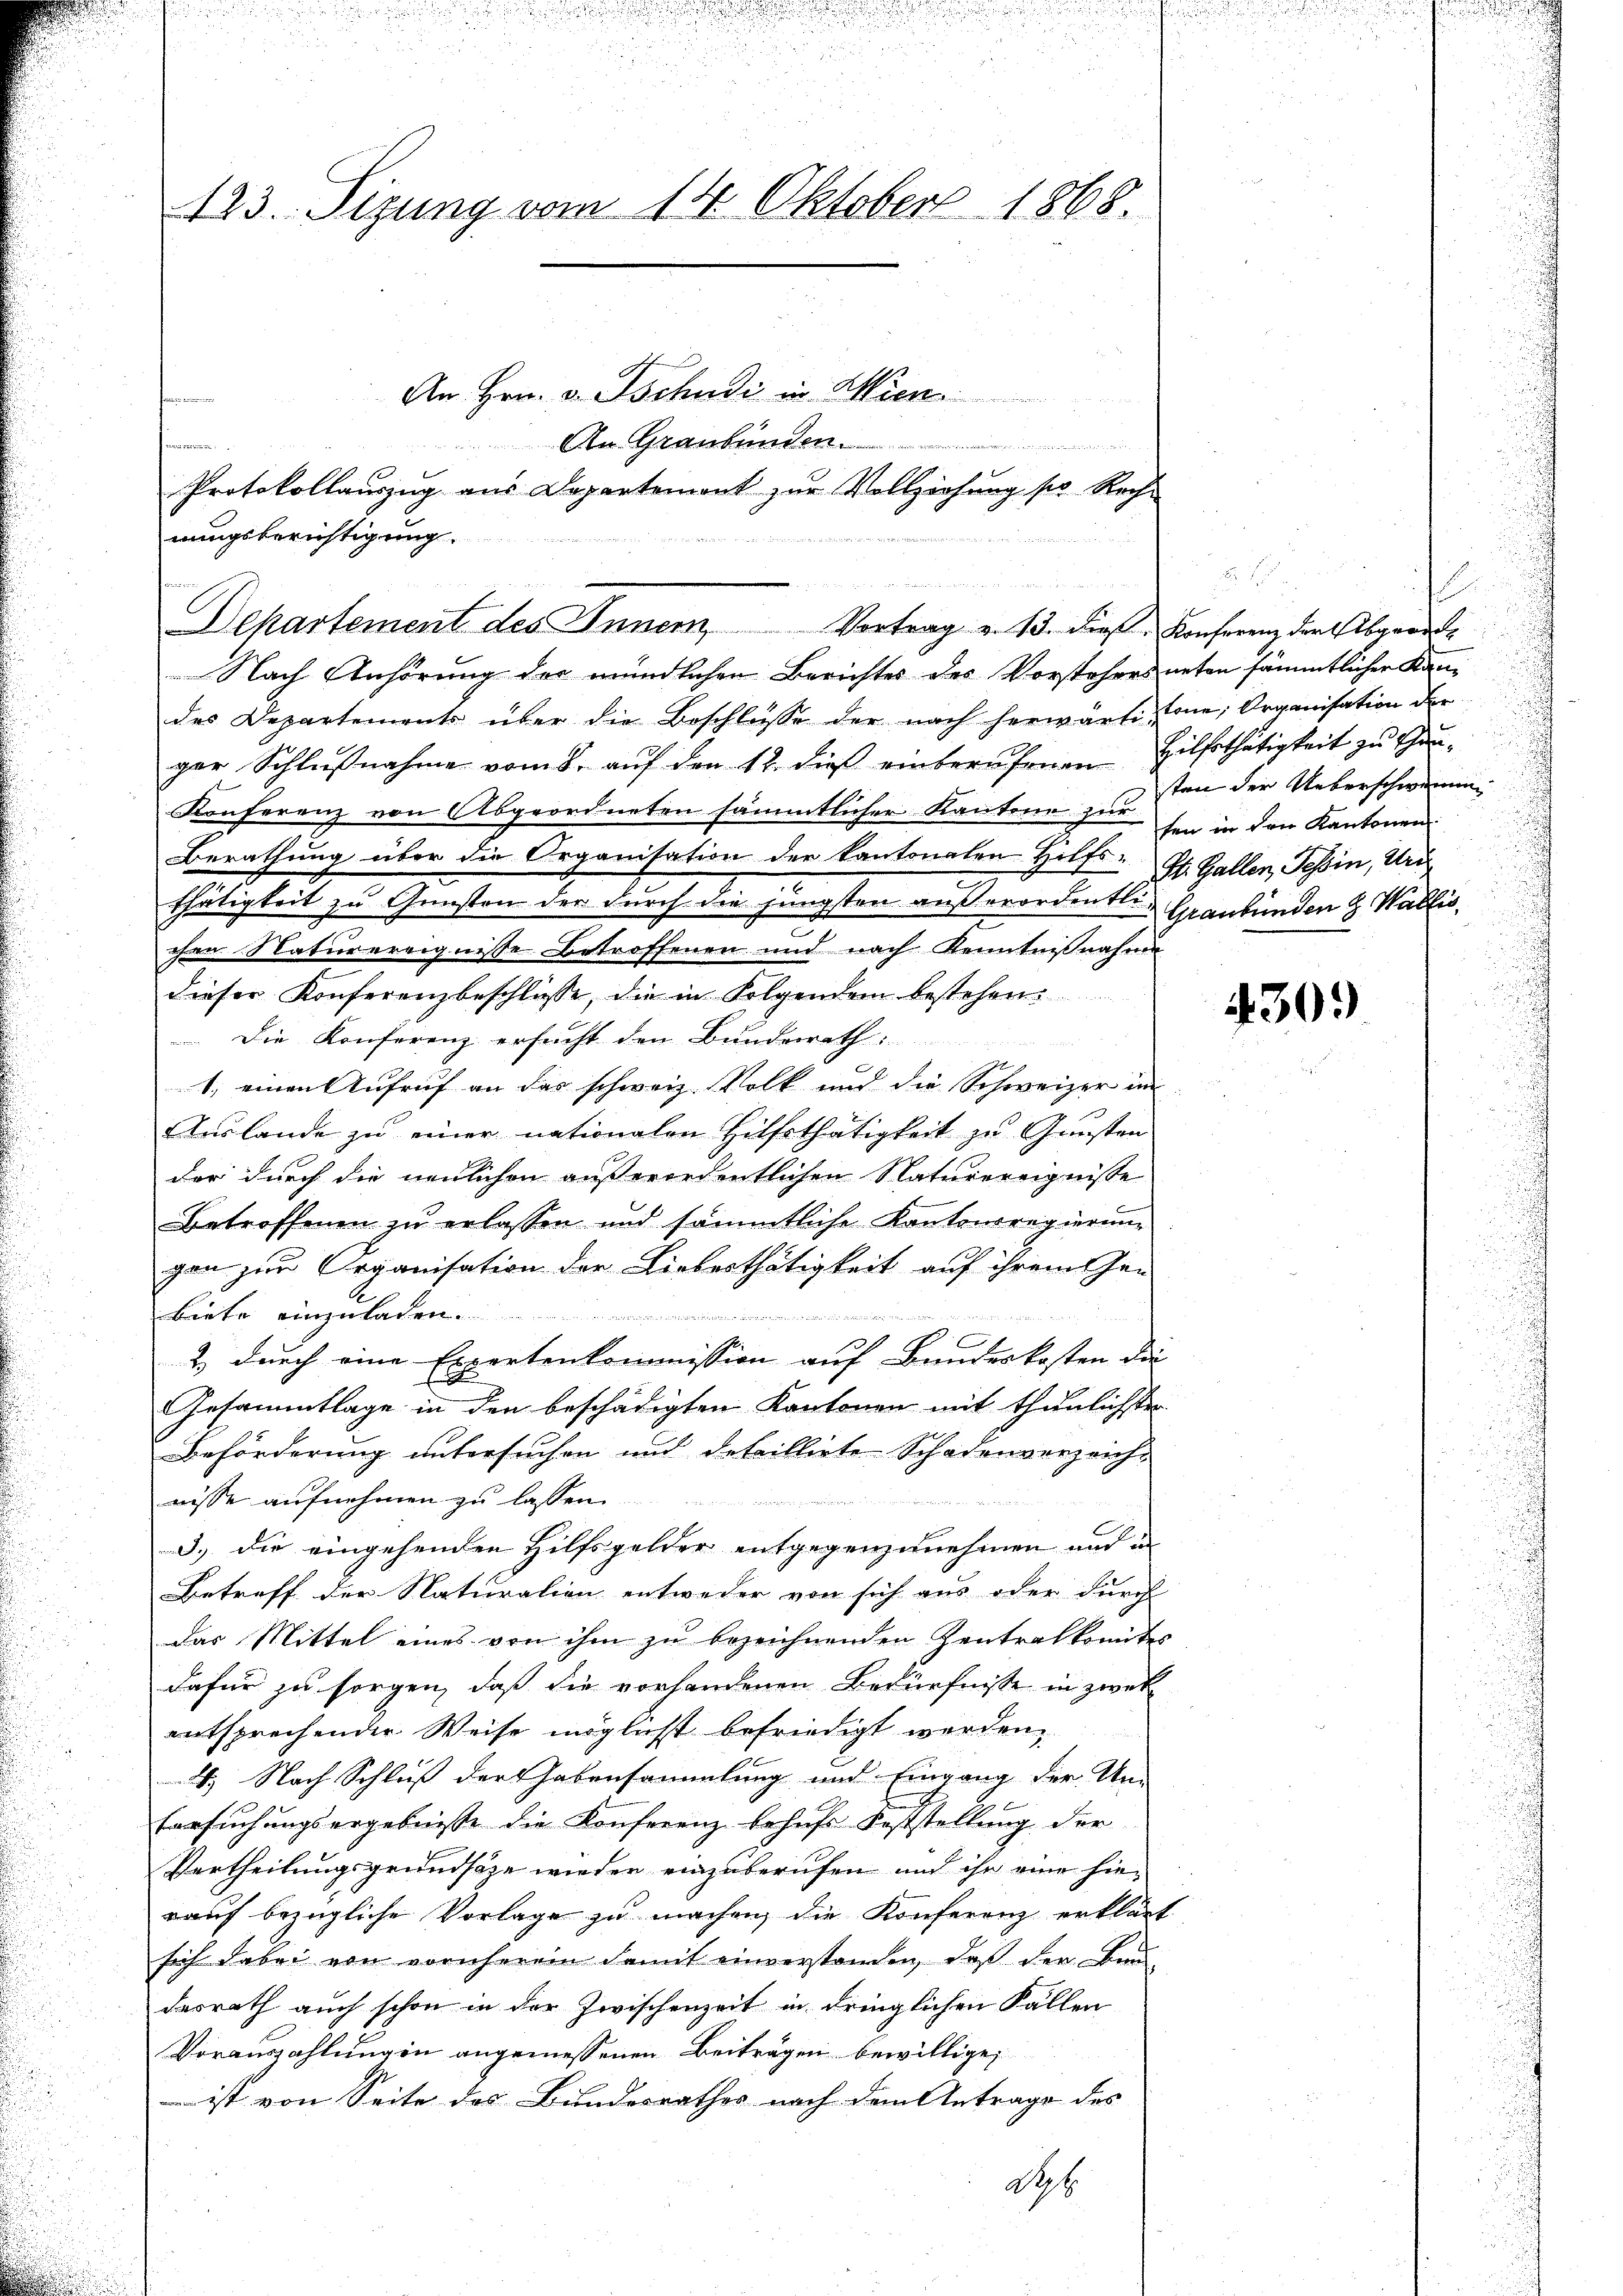
123. Sizung vom 14. Oktober 1868.

An Hrn. v. Tschudi in Wien
An Graubünden.
m
Protokollauszug aus Departement zur Vollziehung so Rech
nungsberichtigung.
Departement des Inner,
Nach Anhörung der mündlichen Berichtes des Vorstehers neten sämmtlicher Kan-
des Departements über die Beschlüsse der nach herwärte, one; Organisation der
gar Schlŭβnahme vom 8. aŭf den 12. dieβ einberŭfenen Hilfethätigkeit zŭ han-
Konferenz von Abgeordneten sämmtlicher Kantone zur sei in den Kantonen
Berathung über die Organisation der kantonalen Hilfs- St. Gallen, Tessin, Uri
c
thätigkeit zu Gunsten der durch die jüngsten außerordentlich Graubünden z. Wallis
chen Naturereignisse betroffenen und nach Kenntnißnahme
dieser Konferenzbeschlüsse, die in Folgendem bestehen.
Die Konferenz ersucht den Bundesrath
1. einen Aufruf an das schweiz. Volk und die Schweizer in
Auslande zu einer nationalen Hilfsthätigkeit zu Gunsten
der durch die neulichen ausserordentlichen Naturereignisse
Betroffenen zu erlassen und sämmtliche Kantonsregierung
gan zur Organisation der Lieberthätigkeit auf ihrem Ge-
Biete einzuladen.
eeder eine zur Audit
2 durch eine Expertenkommission auf Bandeskosten die
u
s
Gesammtlage in den beschädigten Kantonen mit thunlichsten
Beförderung untersuchen und detaillirte Schadenverzeich-
nisse aufnehmen zu lassen.
3.) Die eingehenden Hilfsgelder entgegenzunehmen und in
Betreff der Naturation entweder von sich aus oder durch
Das Mittel eines von ihm zu bezeichnenden Zentralkomites
dafür zu sorgen, daß die vorhandenen Bedürfnisse in zweck
entsprechender Weise möglicht befriedigt werden,
4. Nach Schluß der Habensammlung und Eingang der Um-
Eersuchungsergebnisse die Konferenz behufs Feststellung der
Vertheilungsgrundsätze wieder einzuberufen und ihr eine hie-
rauf bezügliche Vorlage zu machen, die Konferenz erklärt
sich dabei von vornherem damit einverstanden, daß der Bau-
dasrath auch schon in der Zwischenzeit in dringlichen Fällen
Vorauszahlungen angemessenen Beiträgen bewillige,
ist von Seite des Bundesrathes nach dem Antrage des
No. 6.

Aperten seiner 1807.

Vortrag v. 13. dies. Konferenz der Abgrodel

e
sten der Ueberschwemm

430.